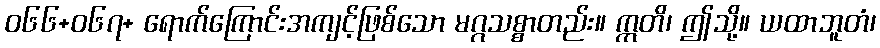
ဝ၆၆+၀၆၇+ ရောက်ကြောင်းအကျင့်ဖြစ်သော မဂ္ဂသစ္စာတည်း။ ဣတိ၊ ဤသို့။ ယထာဘူတံ၊